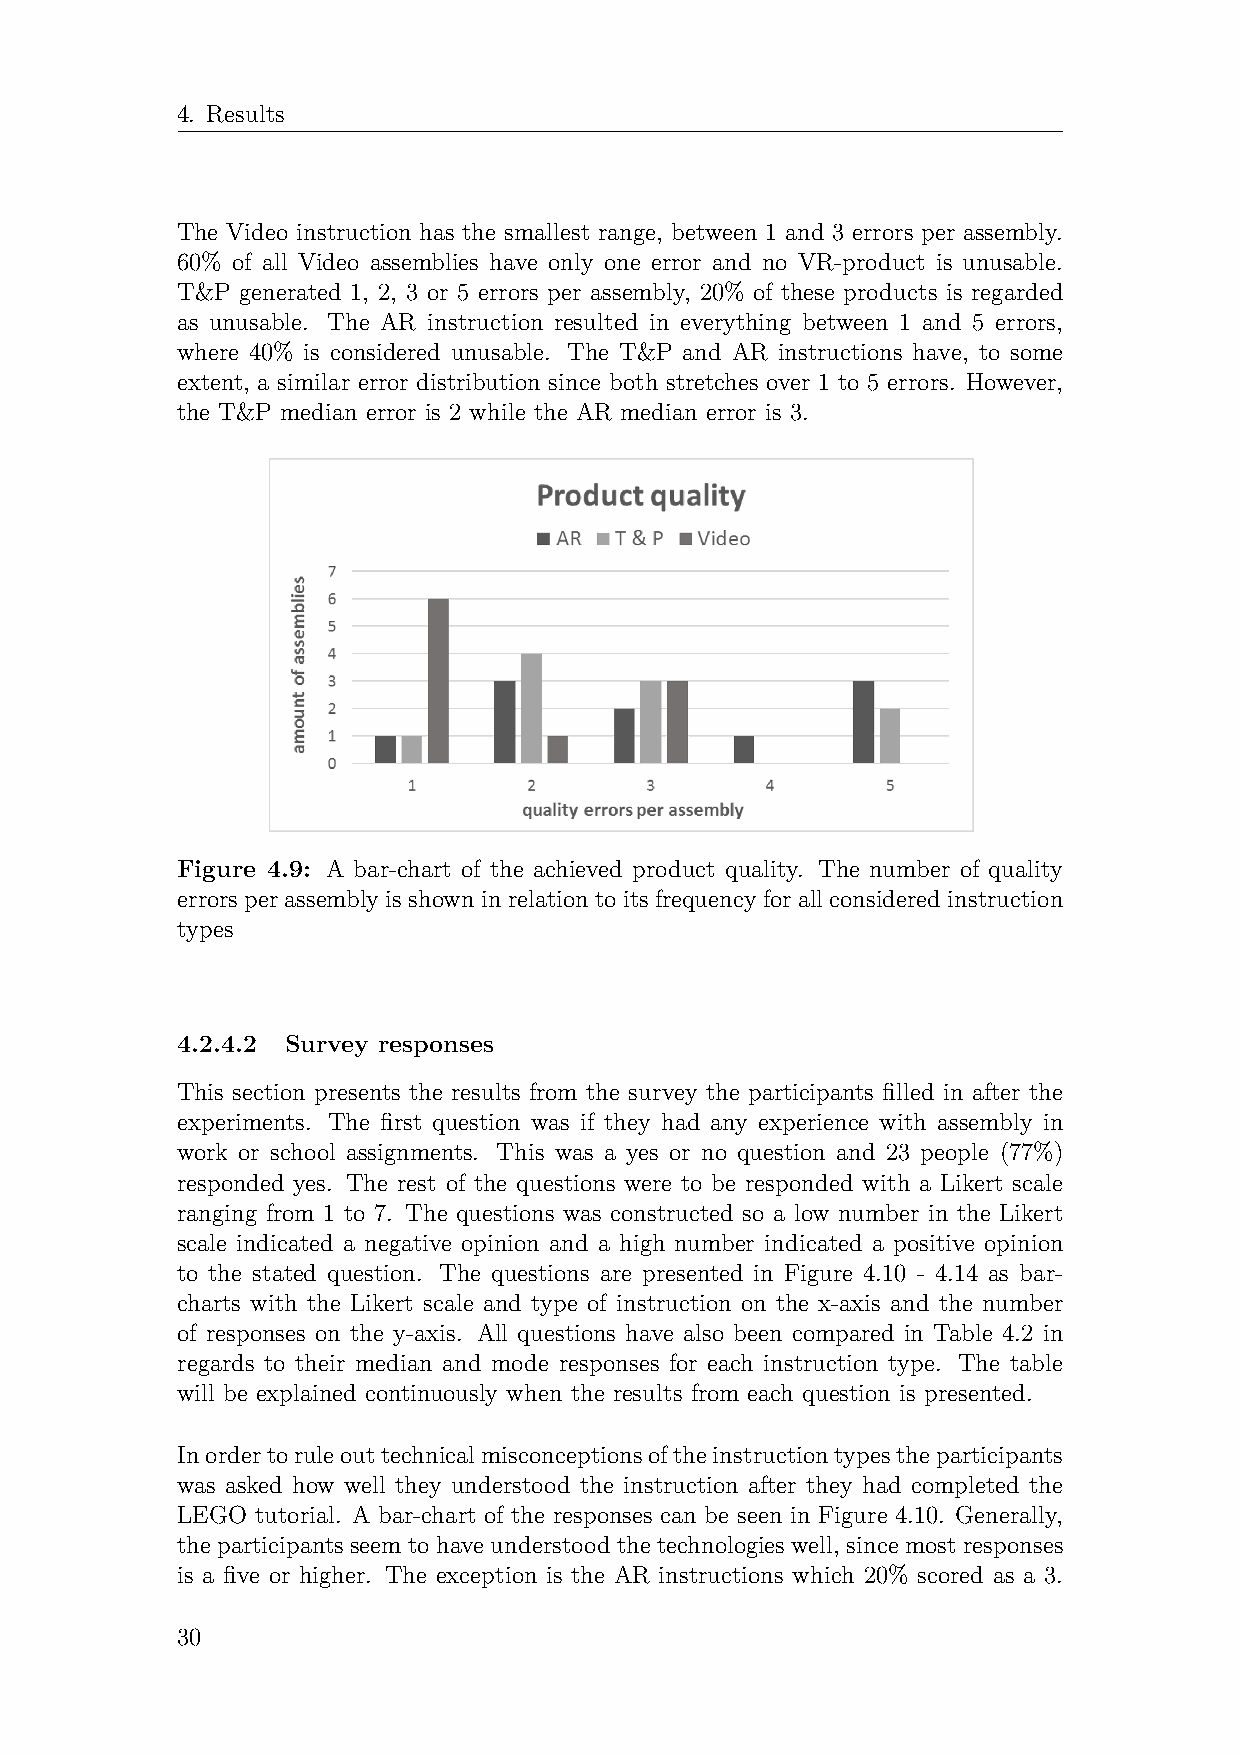
4. Results
 The Video instruction has the smallest range, between 1 and 3 errors per assembly.
 60% of all Video assemblies have only one error and no VR-product is unusable.
 T&P generated 1, 2, 3 or 5 errors per assembly, 20% of these products is regarded
 as unusable. The AR instruction resulted in everything between 1 and 5 errors,
 where 40% is considered unusable. The T&P and AR instructions have, to some
 extent, a similar error distribution since both stretches over 1 to 5 errors. However,
 the T&P median error is 2 while the AR median error is 3.
 Figure 4.9: A bar-chart of the achieved product quality. The number of quality
 errorsperassemblyisshowninrelationtoitsfrequencyforallconsideredinstruction
 types
 4.2.4.2 Survey responses
 This section presents the results from the survey the participants filled in after the
 experiments. The first question was if they had any experience with assembly in
 work or school assignments. This was a yes or no question and 23 people (77%)
 responded yes. The rest of the questions were to be responded with a Likert scale
 ranging from 1 to 7. The questions was constructed so a low number in the Likert
 scale indicated a negative opinion and a high number indicated a positive opinion
 to the stated question. The questions are presented in Figure 4.10 - 4.14 as bar-
 charts with the Likert scale and type of instruction on the x-axis and the number
 of responses on the y-axis. All questions have also been compared in Table 4.2 in
 regards to their median and mode responses for each instruction type. The table
 will be explained continuously when the results from each question is presented.
 Inordertoruleouttechnicalmisconceptionsoftheinstructiontypestheparticipants
 was asked how well they understood the instruction after they had completed the
 LEGO tutorial. A bar-chart of the responses can be seen in Figure 4.10. Generally,
 the participants seem to have understood the technologies well, since most responses
 is a five or higher. The exception is the AR instructions which 20% scored as a 3.
 30